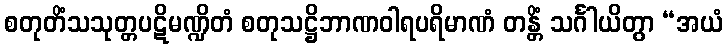
စတုတိံသသုတ္တပဋိမဏ္ဍိတံ စတုသဋ္ဌိဘာဏဝါရပရိမာဏံ တန္တိံ သင်္ဂါယိတွာ “အယံ